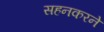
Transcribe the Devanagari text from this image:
सहनकरने